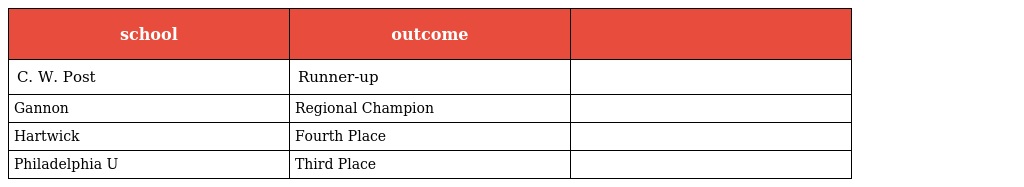
| school | outcome |  |
 | --- | --- | --- |
 | C. W. Post | Runner-up |  |
 | Gannon | Regional Champion |  |
 | Hartwick | Fourth Place |  |
 | Philadelphia U | Third Place |  |